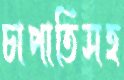
চাপাতিসহ